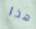
هذا